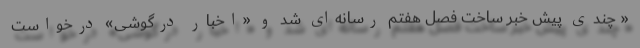
« چندی پیش خبر ساخت فصل هفتم رسانه‌ای شد و «اخبار درگوشی» درخواست